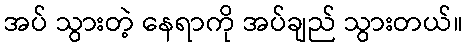
အပ် သွားတဲ့ နေရာကို အပ်ချည် သွားတယ်။